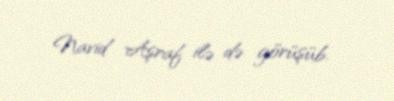
Navid Aşraf ilə də görüşüb.